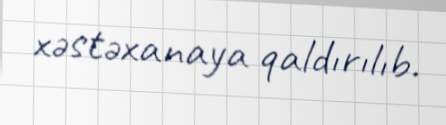
xəstəxanaya qaldırılıb.